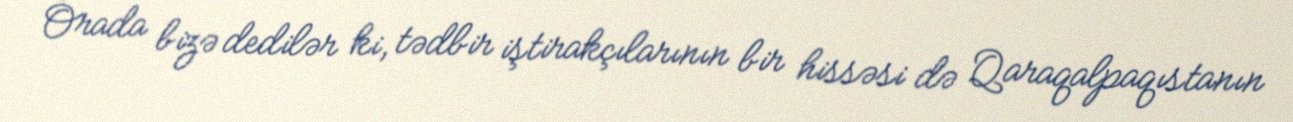
Orada bizə dedilər ki, tədbir iştirakçılarının bir hissəsi də Qaraqalpaqıstanın